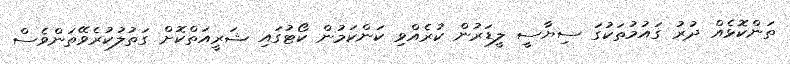
ތަންކޮޅެއް ދުރު ގައުމުތަކުގަ ސިޔާސީ ލީޑަރުން ކުރެއްވި ކަންކަމުން ކޯޓުގައި ޝަރީއަތްކޮށް ގަތުލުކުރެވޭތަންވެސް